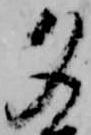
夕